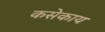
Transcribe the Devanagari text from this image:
कसेकाय